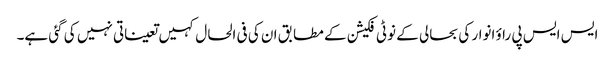
ایس ایس پی راؤ انوار کی بحالی کے نوٹی فکیشن کے مطابق ان کی فی الحال کہیں تعیناتی نہیں کی گئی ہے۔